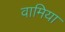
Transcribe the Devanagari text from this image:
वामिया